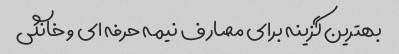
بهترین گزینه برای مصارف نیمه حرفه ای و خانگی